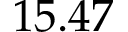
1 5 . 4 7